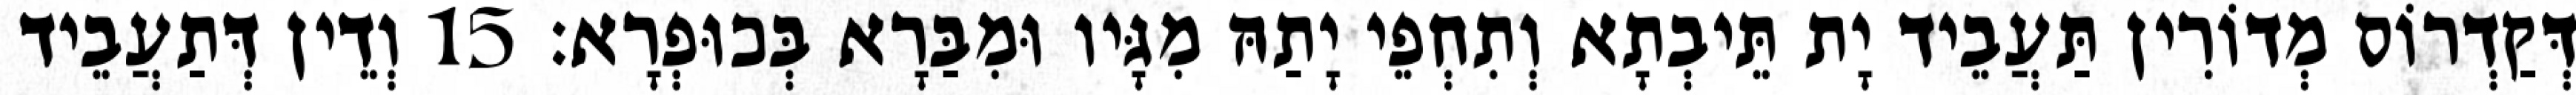
דְּקַדְרוֹס מְדוֹרִין תַּעֲבֵיד יָת תֵּיבְתָא וְתִחְפֵי יָתַהּ מִגָּיו וּמִבַּרָא בְּכוּפְרָא׃ 15 וְדֵין דְּתַעֲבֵיד